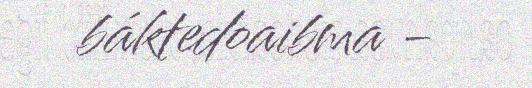
báktedoaibma -